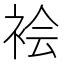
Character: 𫋻